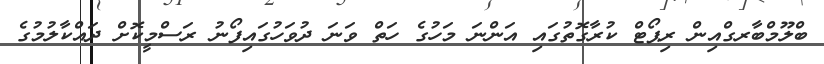
ބްލޫމްބާރގްއިން ރިޕޯޓް ކުރާގޮތުގައި އަންނަ މަހުގެ ހަތް ވަނަ ދުވަހުގައިފޯނު ރަސްމީކޮށް ދައްކާލުމުގެ